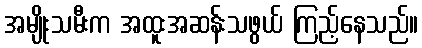
အမျိုးသမီးက အထူးအဆန်းသဖွယ် ကြည့်နေသည်။